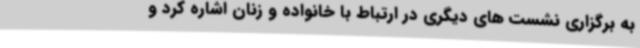
به برگزاری نشست های دیگری در ارتباط با خانواده و زنان اشاره کرد و